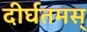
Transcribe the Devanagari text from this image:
दीर्घतमस्‌